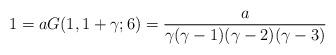
LaTeX: \begin{align*}1=aG(1,1+\gamma;6)={a\over\gamma(\gamma-1)(\gamma-2)(\gamma-3)}\end{align*}